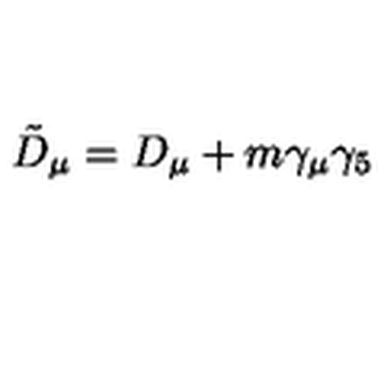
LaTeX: { \tilde { D } } _ { \mu } = D _ { \mu } + m \gamma _ { \mu } \gamma _ { 5 }